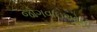
જોગવાઇઓની